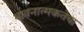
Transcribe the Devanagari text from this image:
भावनात्मकतेचा